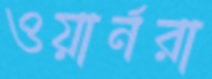
ওয়ার্নরা